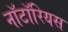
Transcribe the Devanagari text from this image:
नॉटॉरियस